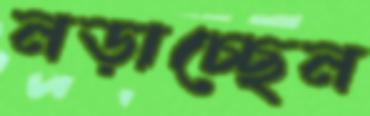
নড়াচ্ছেন